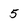
Character: 5